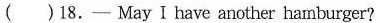
( )18.—MayⅠhave another hamburger?